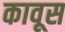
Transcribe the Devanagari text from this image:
कावूस